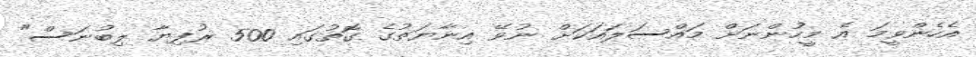
އެހެންވީމަ އެ މީހުންނަށް މައްސަލައަކަށް ނުވޭ އިނާޔަތުގެ ގޮތުގައި 500 ރުފިޔާ ލިބުނަސް"